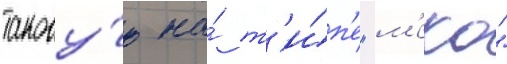
такову́ю на́ т'и́п'е "м'еко"